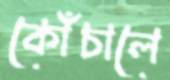
কোঁচালে